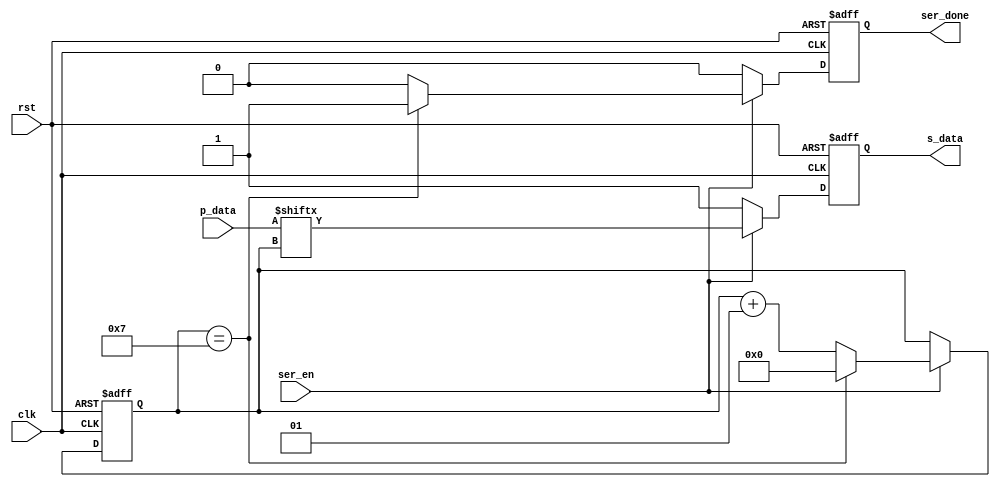
module serializer #(parameter DWIDTH =8)(clk, rst, p_data, ser_en, s_data, ser_done);
    input clk, rst;
    input [DWIDTH-1:0]p_data;
    input ser_en;
    output reg s_data, ser_done;

    integer check_done;
    
    always @(posedge clk, negedge rst) begin
       
        if(!rst) begin
            s_data     <= 1'b1;
            ser_done   <= 1'b0;
            check_done <= 0;
        end
        else begin
            if (ser_en) begin
                if (check_done == DWIDTH-1) begin
                    s_data     <= p_data[check_done];
                    ser_done   <= 1'b1;
                    check_done <= 0;
                end
                else begin
                    s_data     <= p_data[check_done];
                    ser_done   <= 1'b0;
                    check_done <= check_done+1;
                end
            end
            else begin
                s_data   <= 1'b1;
                ser_done <= 1'b0;
            end
        end
    end
endmodule


/*
module ser_test;
    reg clk, rst;
    reg [7:0]p_data;
    reg ser_en;
    wire s_data, ser_done;

    serializer #(8)dut(clk, rst, p_data, ser_en, s_data, ser_done);

    initial begin
        clk = 0; 
        forever begin
            #5ns;  clk = ~clk;
        end
    end
    initial begin
        rst = 0; #25ns; rst = 1;
        ser_en = 0; 
        #10ns; ser_en = 1;
        p_data = 8'b1011_0010;
        #80ns;
        ser_en = 0; 
        #10ns; ser_en = 1;
        p_data = 8'b1000_0011;
        #80ns;
        ser_en = 0;
        #40ns;
        $finish;
    end

    initial begin
        $dumpfile("test.vcd");
        $dumpvars;
    end
endmodule
*/